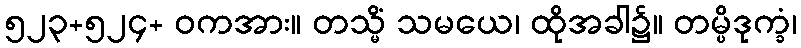
၅၂၃+၅၂၄+ ဝကအား။ တသ္မိံ သမယေ၊ ထိုအခါ၌။ တမ္ပိဒုက္ခံ၊